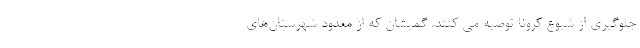
جلوگیری از شیوع کرونا توصیه می کنند. گمیشان که از معدود شهرستان‌های